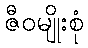
ဇီဝမျိုးစုံ